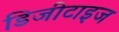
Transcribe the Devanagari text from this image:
डिजीटाइज